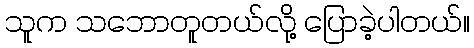
သူက သဘောတူတယ်လို့ ပြောခဲ့ပါတယ်။